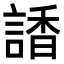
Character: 𧪑